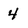
Character: 4